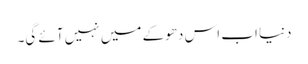
دنیا اب اس دھوکے میں نہیں آئے گی۔